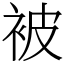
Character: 被